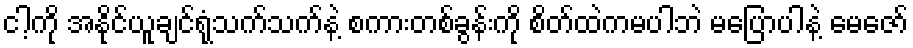
ငါ့ကို အနိုင်ယူချင်ရုံသက်သက်နဲ့ စကားတစ်ခွန်းကို စိတ်ထဲကမပါဘဲ မပြောပါနဲ့ မေဇော်